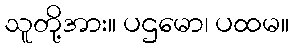
သူတို့အား။ ပဌမော၊ ပထမ။